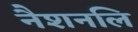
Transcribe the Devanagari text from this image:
नैशनलि